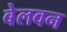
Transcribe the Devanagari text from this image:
बेलवन